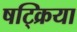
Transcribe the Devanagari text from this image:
षट्क्रिया